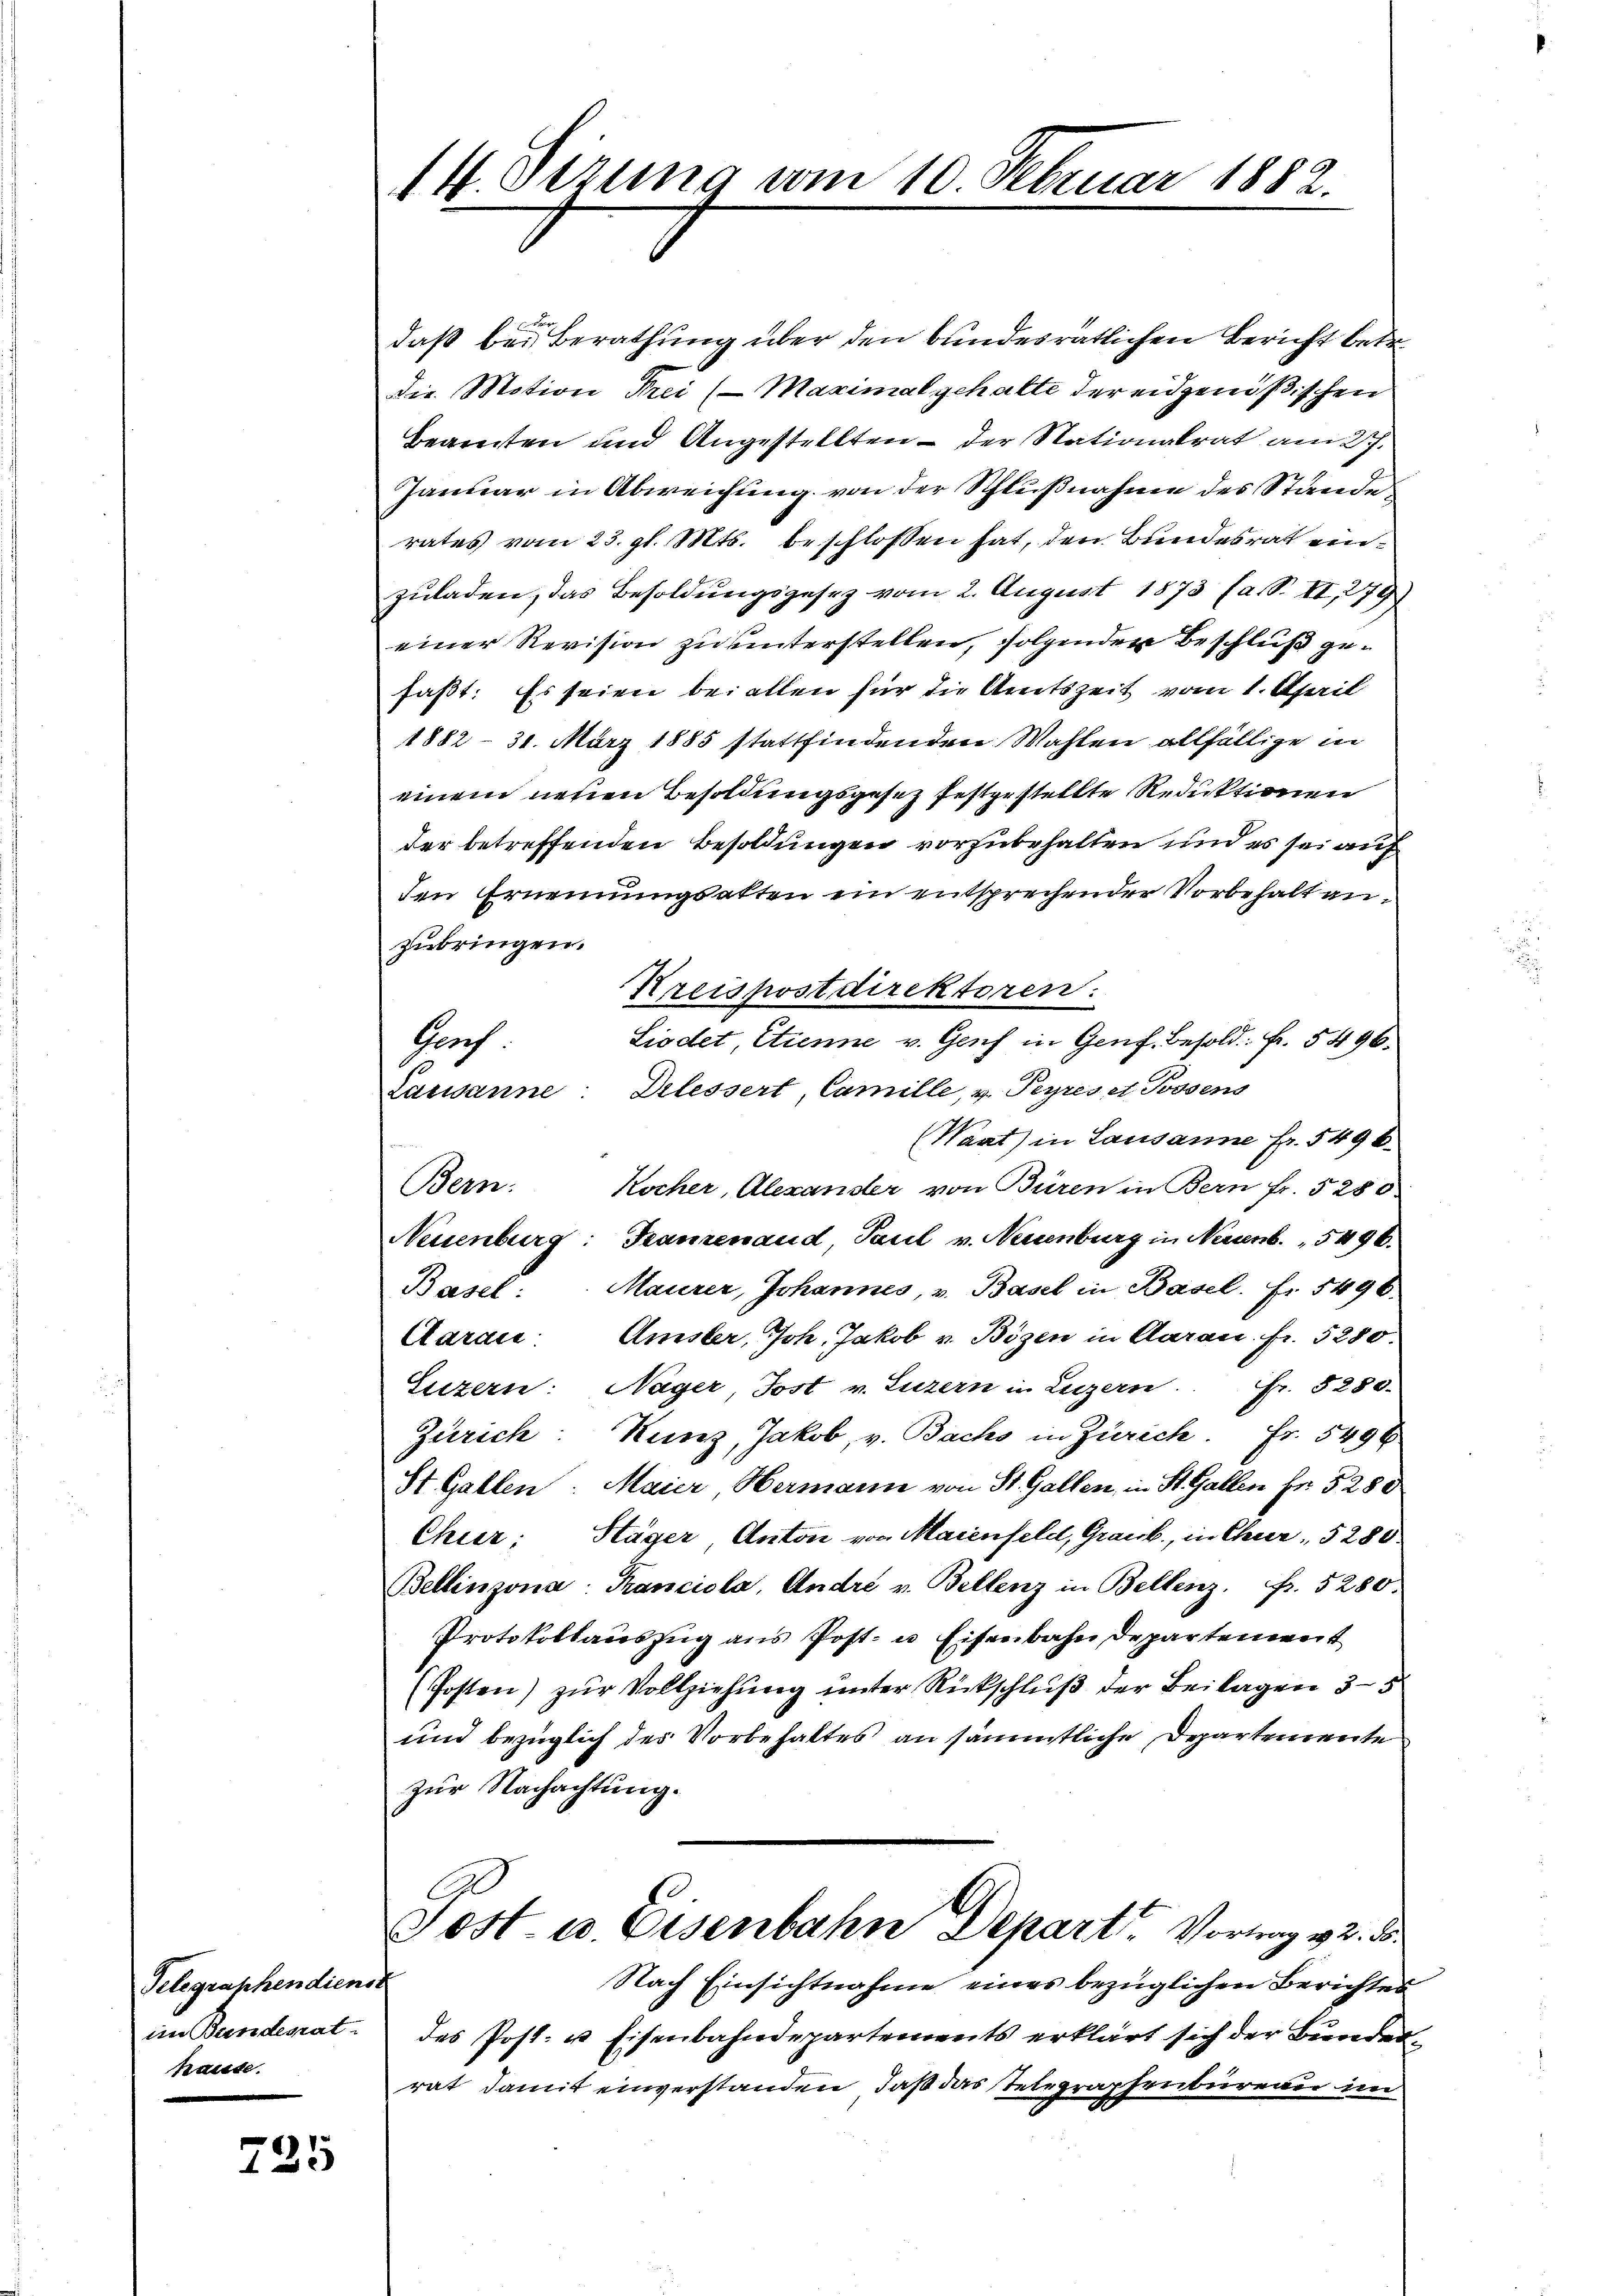
Telegraphendienst
im Bandesrat.
tause.

725

14. Dezung vom 10. Februar 1882.

E
daß bei Berathung über den bundesrätlichen Bericht betr.
Die Motion Frei (Maximal gehalte der eidgenößischen
Beamten und Angestellten – der Nationalrat am 27.
Januar in Abweichung von der Schlußnahme des Stande
rates vom 23. gl. Mts. beschlossen hat, den Bundesrat einzuladen, das Besoldungsgesez vom 2. August 1873 (a. S. II, 279)
einer Revision zu hinterstellen, folchenden Beschluß gefasst: Es seien bei allen für die Amtszeit vom 1. April
1882 - 31. März 1885 stattfindenden Wahlen allfällige in
einem neuen Besoldungsgesetz festgestellte Reduktionen
der betreffenden Besoldungen vorzubehalten und es sei auf
den Ernennungsakten ein entsprechender Vorbehalt anzubringen.
Kreispostdirektoren.
Liodet Etienne v. Genf in Genf. Besold. fr. 5496.
Proch
Lausanne: Delessert, Camille, v. Peyres et Possens
Waat) in Lausanne fr. 5496.
Bern. Kocher, Alexander von Büren in Bern fr. 5280
Neuenburg: Franzenand Paul v. Neuenburg in Neuenb. 5496.
Basel: Maurer, Johannes, v. Basel in Basel. Fr. 5496.
Caraić. Amster, Joh. Jakob v. Bösen in Aarau. fr. 5280.
Luzern: Nager, Jost v. Luzern in Luzern. Fr. 5280.
Zürich: Kunz, Jakob, v. Bachs in Zürich. Fr. 5496
St. Gallen: Maier Hermann von St. Gallen, in St. Gallen Fr. 5280
Chier. Stäger Anton von Maienfeld, Graub, in Chur, 5280
Bellinzona: Franciola, André v. Bellenz in Bellenz. fr. 5280.
Protokollauszug aus Post- u Eisenbahn Departement
(Posten) zur Vollziehung unter Rückschluß der Beilagen 35
und bezüglich des Vorbehaltes an sämmtliche Departemente
zur Nachachtung.
Tost- u. Eisenbahn Depart. Vortrag v. 2. d.
Nach Einsichtnahme eines bezüglichen Berichtes
des Post- u Eisenbahndepartements erklärt sich der Bunderrat damit einverstanden, daß das Telegraphenbureau im